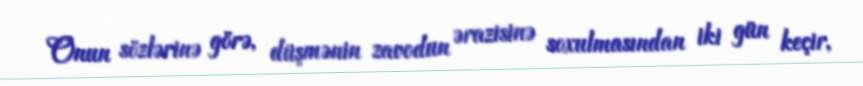
Onun sözlərinə görə, düşmənin zavodun ərazisinə soxulmasından iki gün keçir,